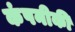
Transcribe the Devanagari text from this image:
कंपनीकी